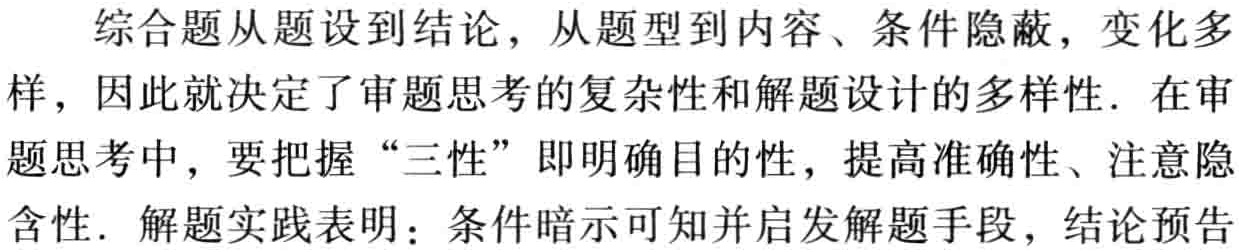
综合题从题设到结论，从题型到内容、条件隐蔽，变化多样，因此就决定了审题思考的复杂性和解题设计的多样性. 在审题思考中，要把握“三性”即明确目的性，提高准确性、注意隐含性. 解题实践表明：条件暗示可知并启发解题手段，结论预告